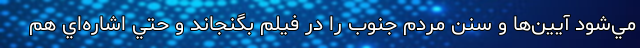
مي‌شود آيين‌ها و سنن مردم جنوب را در فيلم بگنجاند و حتي اشاره‌اي هم